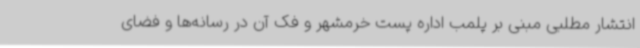
انتشار مطلبی مبنی بر پلمب اداره پست خرمشهر و فک آن در رسانه‌ها و فضای